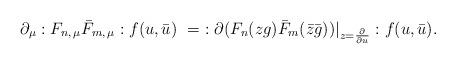
LaTeX: \begin{align*}\partial_{\mu} :F_{n,\, \mu}\bar{F}_{m,\, \mu}:f(u,\bar{u}) \ =\ :\partial (F_n(zg)\bar{F}_m(\bar{z}\bar{g})) |_{z=\frac{\partial}{\partial u}}:f(u,\bar{u}).\end{align*}